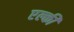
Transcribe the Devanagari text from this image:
एल्की